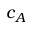
c _ { A }